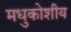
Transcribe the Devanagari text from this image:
मधुकोशीय